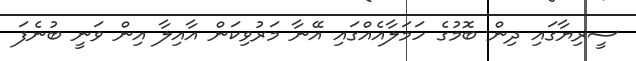
ސީރިޔާގައި ދިން ބޮމުގެ ހަމަލާއެއްގައި އޭނާ މަރުވިކަން އާއިލާ އިން ވަނީ ބުނެފަ